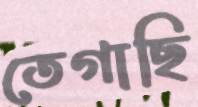
তেগাছি